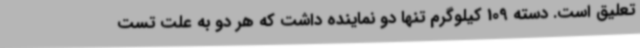
تعلیق است. دسته 109 کیلوگرم تنها دو نماینده داشت که هر دو به علت تست